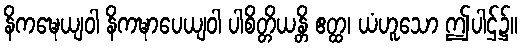
နိကဍ္ဎေယျဝါ နိကဍ္ဎာပေယျဝါ ပါစိတ္တိယန္တိ ဧတ္ထ၊ ယံဟူသော ဤပါဌ်၌။